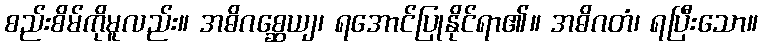
စည်းစိမ်ကိုမူလည်း။ အဓိဂစ္ဆေယျ၊ ရအောင်ပြုနိုင်ရာ၏။ အဓိဂတံ၊ ရပြီးသော။